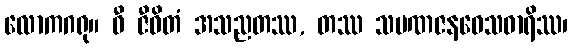
လောကဂရု။ ဓီ ဇီဝိတံ အသညတဿ, တဿ သမဏဇနဝေသဓာရိဿ၊